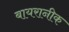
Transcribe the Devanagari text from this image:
बायरानीक